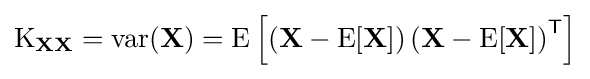
\operatorname {K} _{\mathbf {X} \mathbf {X} }=\operatorname {var} (\mathbf {X} )=\operatorname {E} \left[\left(\mathbf {X} -\operatorname {E} [\mathbf {X} ]\right)\left(\mathbf {X} -\operatorname {E} [\mathbf {X} ]\right)^{\mathsf {T}}\right]